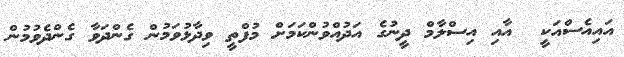
އައިއެސްއަކީ  އާއި އިސްލާމް ދީނުގެ އަދުއްވުންކަމަށް މުފްތީ ވިދާޅުވަމުން ގެންދަވާ ގެންދެވުމުން